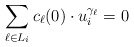
\begin{align*}\sum_{\ell\in L_{i}} c_{\ell}(0)\cdot u_{i}^{\gamma_{\ell}}=0\end{align*}